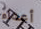
أعداء